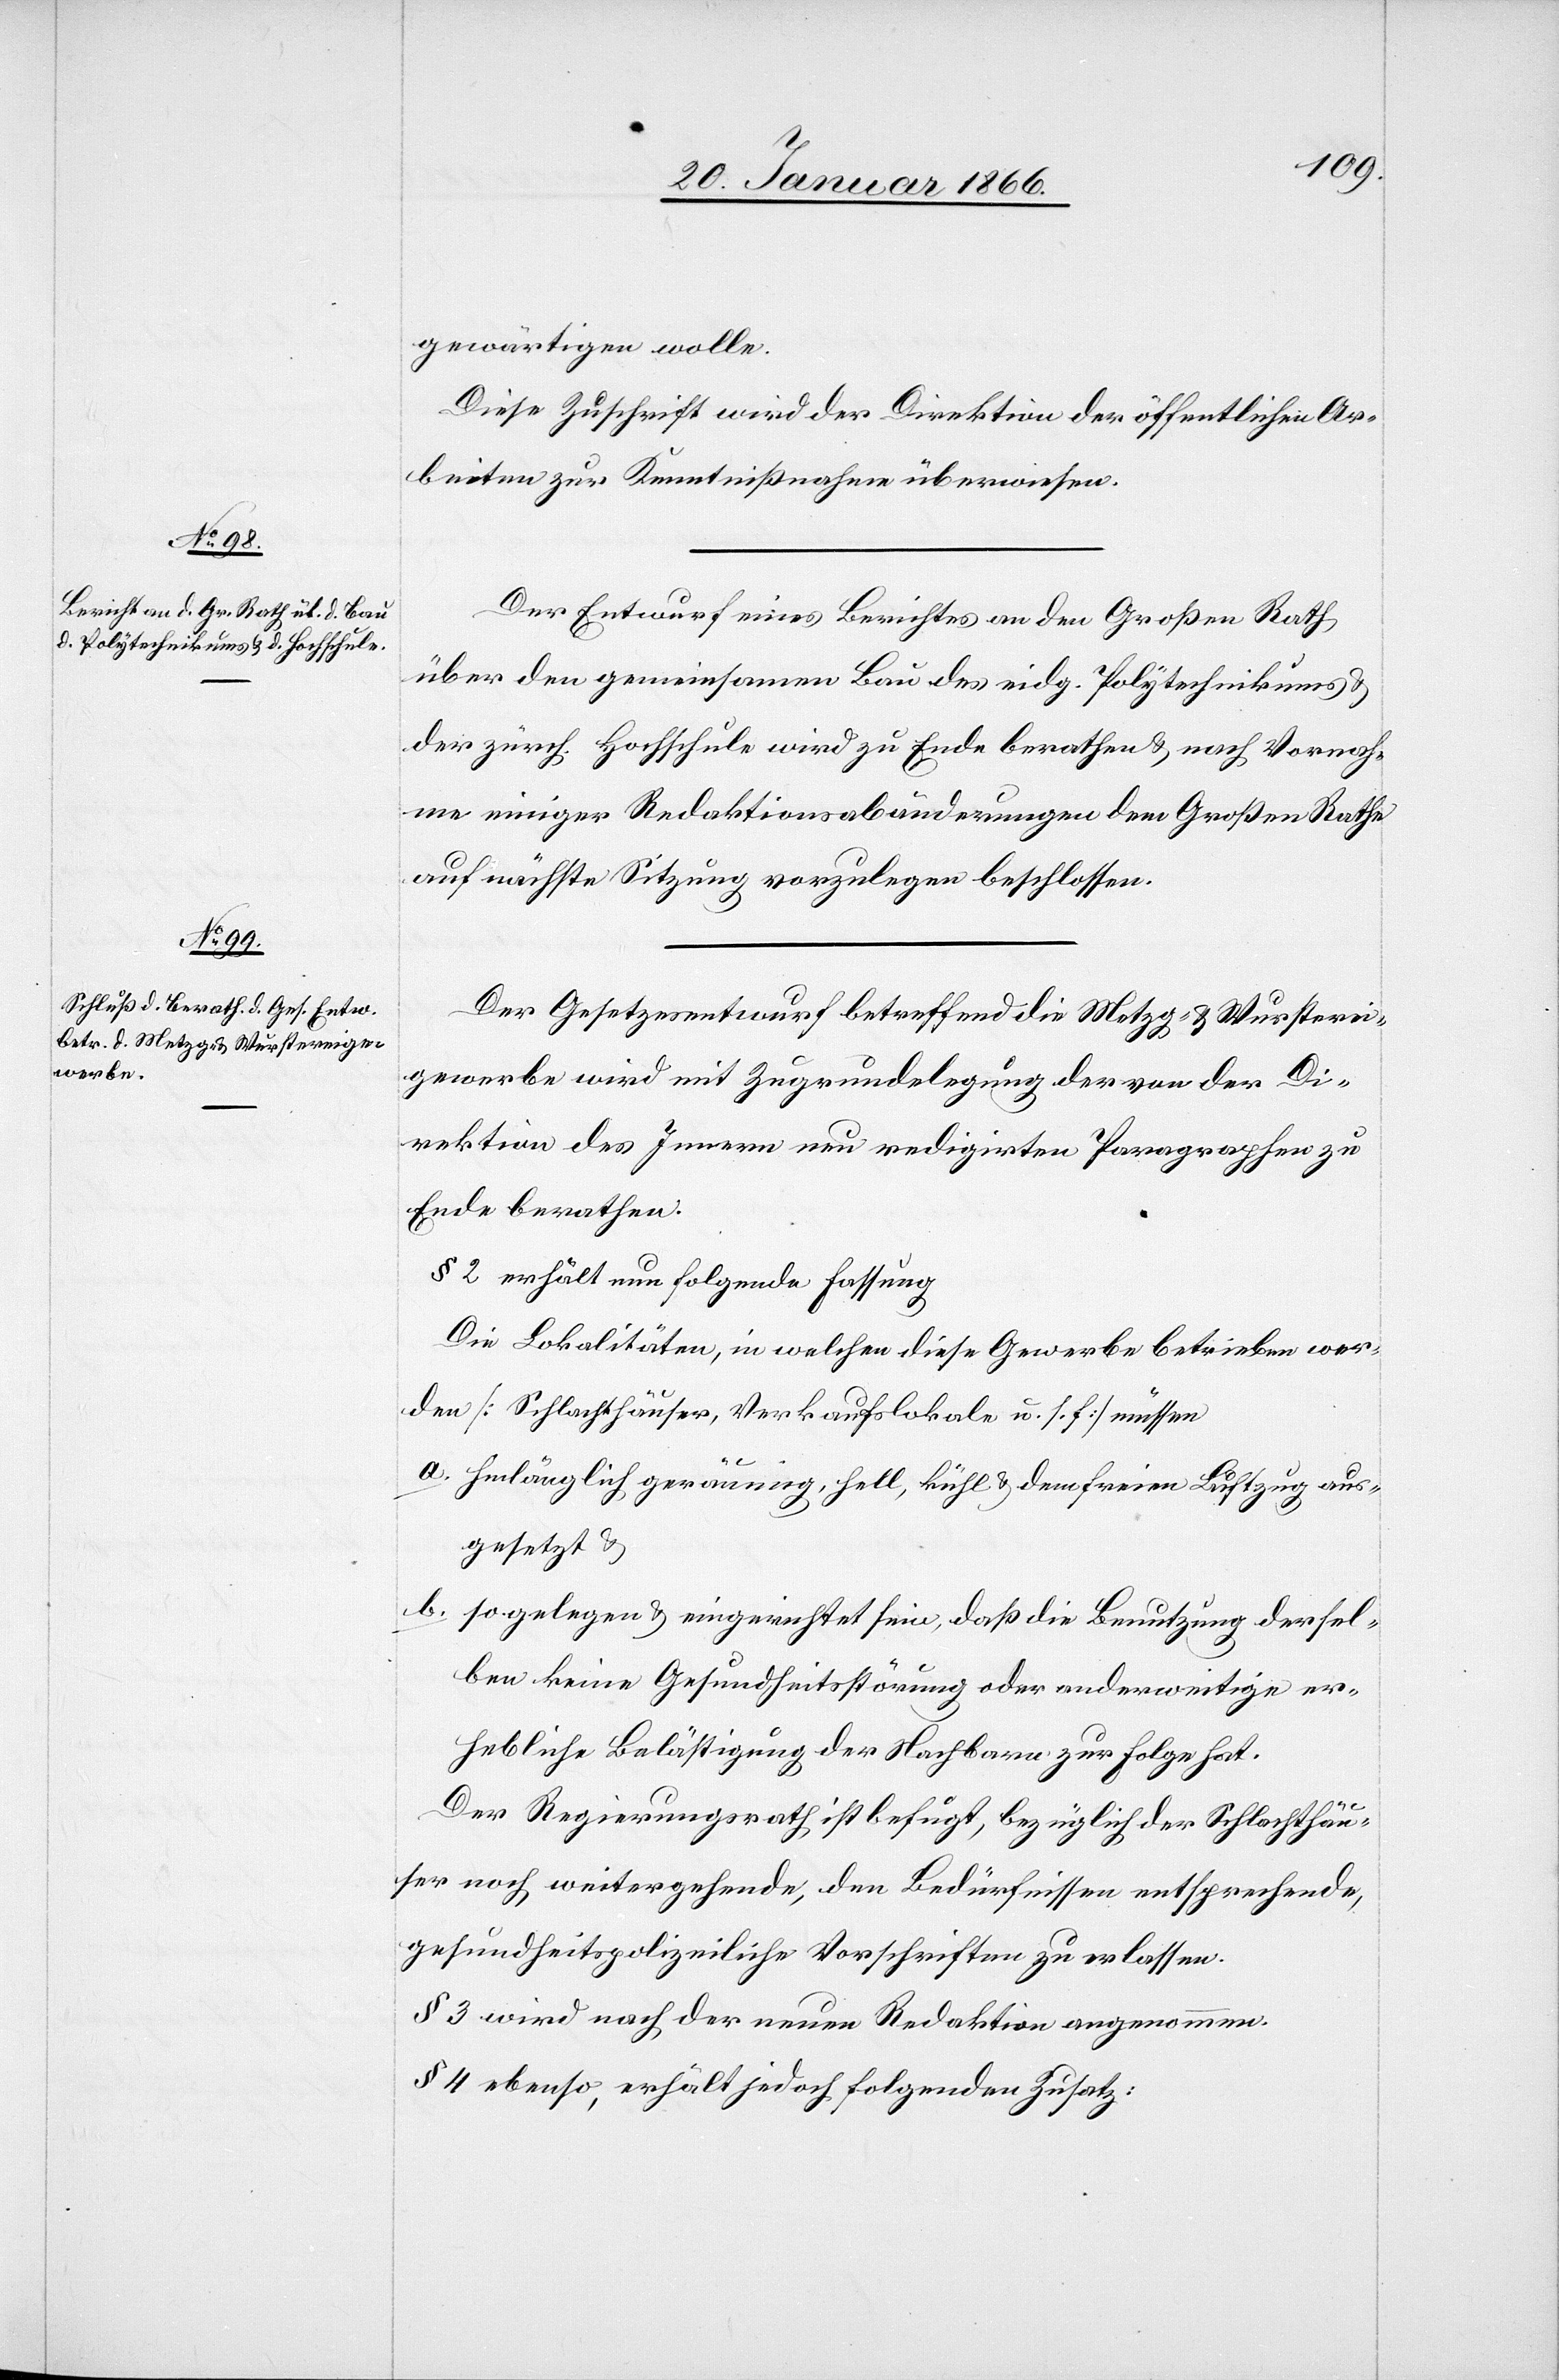
gewärtigen wolle.
Diese Zuschrift wird der Direktion der öffentlichen Ar¬
beiten zur Kenntnißnahme überwiesen.
Der Entwurf eines Berichtes an den Großen Rath
über den gemeinsamen Bau des eidg. Polytechnikums u.
der zürch. Hochschule wird zu Ende berathen u. nach Vornah¬
me einiger Redaktionsabänderungen dem Großen Rathe
auf nächste Sitzung vorzulegen beschlossen.
Der Gesetzesentwurf betreffend die Metz- & Wursterei¬
gewerbe wird mit Zugrundelegung der von der Di¬
rektion des Innern nun redigirten Paragraphen zu
Ende berathen.
§ 2 erfährt nun folgende Fassung
Die Lokalitäten, in welchen diese Gewerbe betrieben wer¬
den [Schlachthäuser, Verkaufslokale u. s. f.] müssen
a. hinlänglich geräumig, hell u. dem freien Luftzug aus¬
gesetzt u.
b. so gelegen u. eingerichtet sein, daß die Benutzung dersel¬
ben keine Gesundheitsstörung oder anderweitige er¬
hebliche Belästigung der Nachbarn zur Folge hat.
Der Regierungsrath ist befugt, bezüglich der Schlachthäu¬
ser noch weitergehende, den Bedürfnissen entsprechende
gesundheitspolizeiliche Vorschriften zu erlassen.
§ 3 wird nach der neuen Redaktion angenommen.
§ 4 ebenso, erhält jedoch folgenden Zusatz: